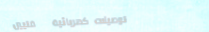
توصيلات كهربائية   فنيين